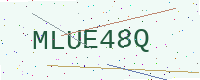
Text: MLUE48Q